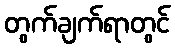
တွက်ချက်ရာတွင်